Civil Veterinary Dept. Bombay admin report 1907-1913 - 1907-1913
Year: 1907
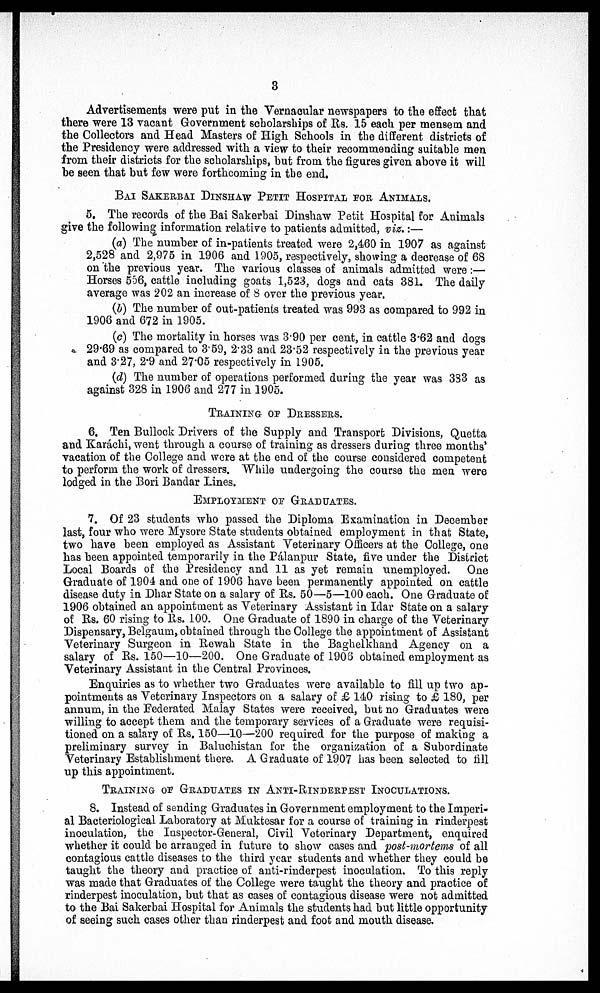
3
Advertisements were put in the Vernacular newspapers to the effect that
there were 13 vacant Government scholarships of Rs. 15 each per mensem and
the Collectors and Head Masters of High Schools in the different districts of
the Presidency were addressed with a view to their recommending suitable men
from their districts for the scholarships, but from the figures given above it will
he seen that but few were forthcoming in the end.
BAI SAKERBAI DINSHAW PETIT HOSPITAL FOR ANIMALS.
5. The records of the Bai Sakerbai Dinshaw Petit Hospital for Animals
give the following information relative to patients admitted, viz,:—
(a) The number of in-patients treated were 2,460 in 1907 as against
2,528 and 2,975 in 1906 and 1905, respectively, showing a decrease of 68
on the previous year. The various classes of animals admitted were:—
Horses 556, cattle including goats 1,523, dogs and cats 381. The daily
average was 202 an increase of 8 over the previous year.
(b) The number of out-patients treated was 993 as compared to 992 in
1906 and 672 in 1905.
(c) The mortality in horses was 3.90 per cent, in cattle 3.62 and dogs
29.69 as compared to 3.59, 2.33 and 23.52 respectively in the previous year
and 3.27, 2.9 and 27.05 respectively in 1905.
(d) The number of operations performed during the year was 333 as
against 328 in 1906 and 277 in 1905.
TRAINING OF DRESSERS.
6. Ten Bullock Drivers of the Supply and Transport Divisions, Quetta
and Karáchi, went through a course of training as dressers during three months'
vacation of the College and were at the end of the course considered competent
to perform the work of dressers. While undergoing the course the men were
lodged in the Bori Bandar Lines.
EMPLOYMENT OF GRADUATES.
7. Of 23 students who passed the Diploma Examination in December
last, four who were Mysore State students obtained employment in that State,
two have been employed as Assistant Veterinary Officers at the College, one
has been appointed temporarily in the Pálanpur State, five under the District
Local Boards of the Presidency and 11 as yet remain unemployed. One
Graduate of 1904 and one of 1906 have been permanently appointed on cattle
disease duty in Dhar State on a salary of Rs. 50—5—100 each. One Graduate of
1906 obtained an appointment as Veterinary Assistant in Idar State on a salary
of Rs. 60 rising to Rs. 100. One Graduate of 1890 in charge of the Veterinary
Dispensary, Belgaum, obtained through the College the appointment of Assistant
Veterinary Surgeon in Rewah State in the Baghelkhand Agency on a
salary of Rs. 150—10—200. One Graduate of 1908 obtained employment as
Veterinary Assistant in the Central Provinces.
Enquiries as to whether two Graduates were available to fill up two ap-
pointments as Veterinary Inspectors on a salary of £ 140 rising to £ 180, per
annum, in the Federated Malay States were received, but no Graduates were
willing to accept them and the temporary services of a Graduate were requisi-
tioned on a salary of Rs. 150—10—200 required for the purpose of making a
preliminary survey in Baluchistan for the organization of a Subordinate
Veterinary Establishment there. A Graduate of 1907 has been selected to fill
up this appointment.
TRAINING OF GRADUATES IN ANTI-RINDERPEST INOCULATIONS.
8. Instead of sending Graduates in Government employment to the Imperi-
al Bacteriological Laboratory at Muktesar for a course of training in rinderpest
inoculation, the Inspector-General, Civil Voterinary Department, enquired
whether it could be arranged in future to show cases and post-mortems of all
contagious cattle diseases to the third year students and whether they could be
taught the theory and practice of anti-rinderpest inoculation. To this reply
was made that Graduates of the College were taught the theory and practice of
rinderpest inoculation, but that as cases of contagious disease were not admitted
to the Bai Sakerbai Hospital for Animals the students had but little opportunity
of seeing such cases other than rinderpest and foot and mouth disease.